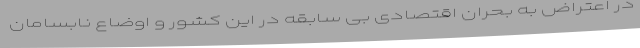
در اعتراض به بحران اقتصادی بی سابقه در این کشور و اوضاع نابسامان